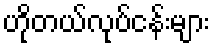
ဟိုတယ်လုပ်ငန်းများ